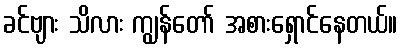
ခင်ဗျား သိလား ကျွန်တော် အစားရှောင်နေတယ်။